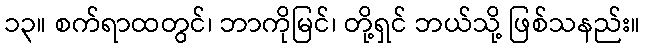
၁၃။ စက်ရာထတွင်၊ ဘာကိုမြင်၊ တို့ရှင် ဘယ်သို့ ဖြစ်သနည်း။